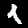
Label: 1